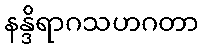
နန္ဒိရာဂသဟဂတာ